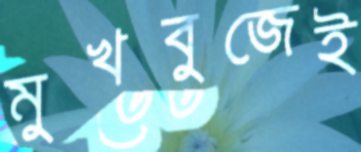
মুখবুজেই